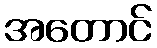
အတောင်